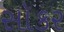
સૉકર